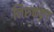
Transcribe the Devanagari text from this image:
निरुक्तकृत